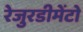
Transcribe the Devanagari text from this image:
रेजुरडीमेंटो